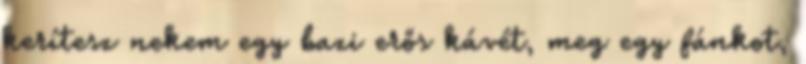
kerítesz nekem egy bazi erős kávét, meg egy fánkot,